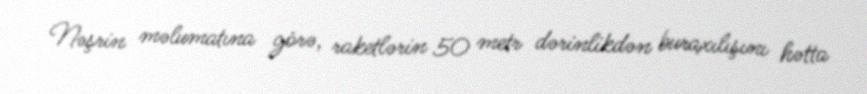
Nəşrin məlumatına görə, raketlərin 50 metr dərinlikdən buraxılışını hətta